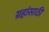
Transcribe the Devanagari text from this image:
ग्रहांसाठी